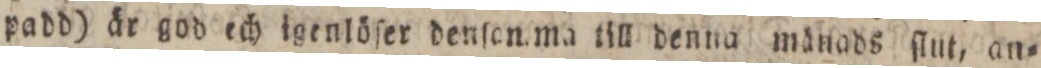
padd) är god ech igenlöſer denſon ma till denna mänads ſlut, an=